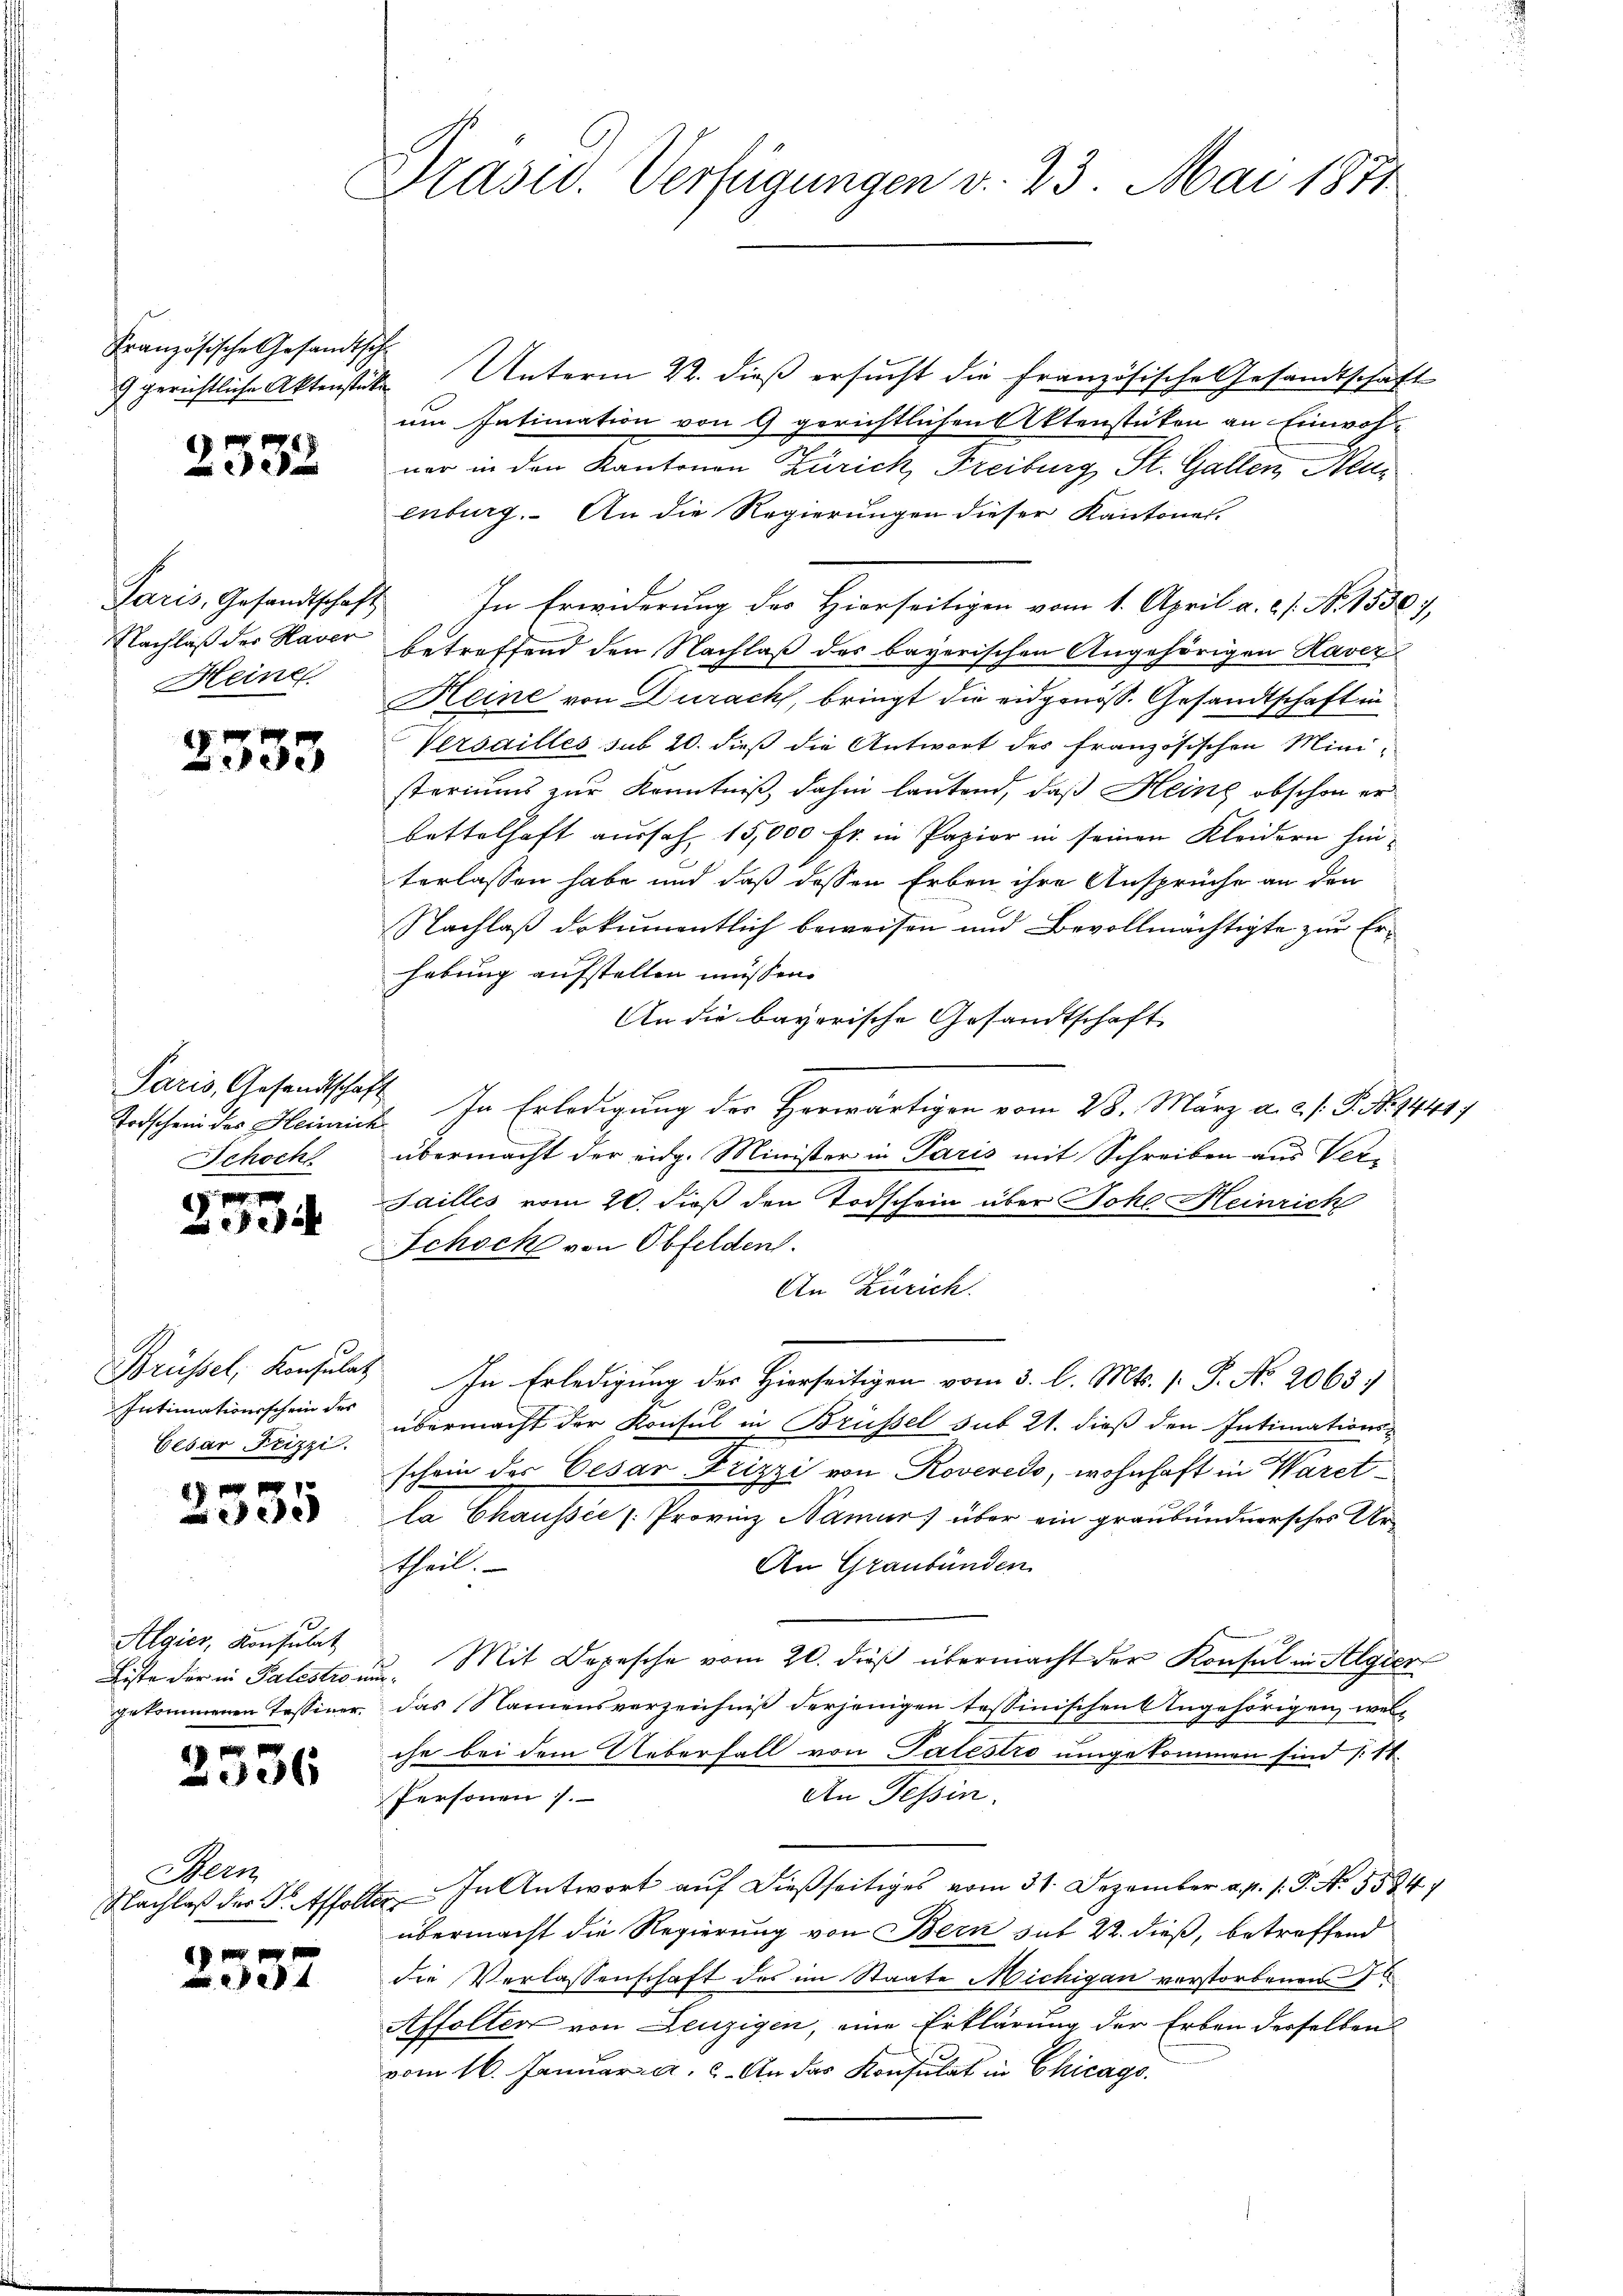
Französische Gesandtsch

2532

Paris, Gesandtschaft
Nachlaß des Haver
Heine

28
333

Paris, Gesandtschaft
Schoch

edel

Brüssel, Konsulatz
Intimationsschein des
Cesar Frizzi.

17 f 0 x
e

Algier, Konsulat
Eiste der in Palestron
gekommenen Tessiner

2536

Bern
Nachlaß der S. Affolte

Präsid. Verfügungen v. 23. Mai 1871

9 gerichtliche Aktenstüke Unterm 22. dieß ersucht die französische Gesandtschaft
um Intimation von 9 gerichtlichen Aktenstüken an Einwoh-
ner in den Kantonen Zürich, Freiburg, St. Gallen, Neu
enburg. An die Regierungen dieser Kantones.
7. In Erwiderung des Hierseitigen vom 1. April a. c. s. No. 1550),
betreffend den Nachlaß des bayerischen Angehörigen Haver
Heine von Duracht, bringt die eidgenöss. Gesandtschaft in
Versailles sub 20. dieß die Antwort des französischen Ministeriums zur Kenntniß, dahin lautend, daß Heine obschon er-
bettelhaft aussah. 15,000 fr. in Papier in seinen Kleidern hinterlassen habe und daß dessen Erben ihre Ansprüche an den
Nachlaß drkumentlich beweisen und Bevollmächtigte zur Erhabung aufstellen müssen.
An die bayerische Gesandtschaft
Todschein des Heimick. In Erledigung der Herwärtigen vom 28. März a. 2. /. P. N. 1441)
übermacht der eidg. Minister in Paris mit Schreiben aus Ver-
Sailles vom 20. dieß den Todschein über Johl Heinrich
Schock von Obfelden.
An Zürich.
In Erledigung der Hierseitigen vom 3. l. Mts. 1. P. No. 2063.
übermacht der Konsul in Brüssel sub 21. dieß den Intimations-
schein des Cesar Frizzi von Roveredo, wohnhaft in Waret
la Chaussée /: Provinz Namur) über ein graubündnersches Ur¬
An Graubünden
theil.
Mit Depesche vom 20. dieβ übermacht der Konsul in Algier
.
das Namensverzeichniß derjenigen tessinischen Angehörigen, welche bei dem Ueberfall von Talestro umgekommen sind (11.
An Tessin.
Personen).
2. In Antwort auf dießseitiges vom 31. Dezember a. p. 1. P. No. 5584
übermacht die Regierung von Bern sub 22. dieß, betreffend
die Verlassenschaft des im Staate Michigan verstorbenen
Affolter von Leuzigen, eine Erklärung der Erben derselben
vom 16. Januar a. c. An das Konsulat in Chicago